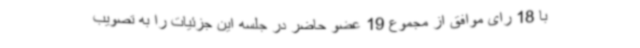
با 18 رای موافق از مجموع 19 عضو حاضر در جلسه این جزئیات را به تصویب